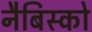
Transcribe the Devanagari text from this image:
नैबिस्को